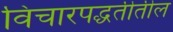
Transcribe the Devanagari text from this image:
विचारपद्धतीतील